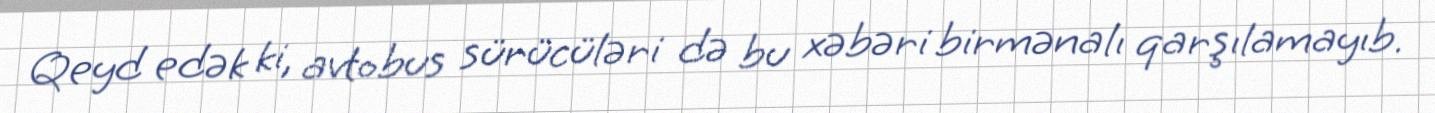
Qeyd edək ki, avtobus sürücüləri də bu xəbəri birmənalı qarşılamayıb.